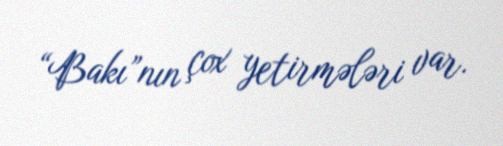
“Bakı”nın çox yetirmələri var.